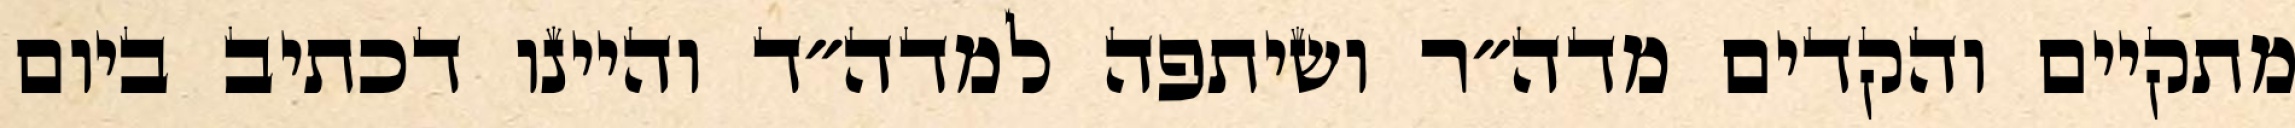
מתקיים והקדים מדה״ר ושיתפה למדה״ד והיינו דכתיב ביום